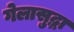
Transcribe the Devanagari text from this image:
गेलासुद्धा